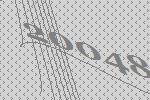
20048